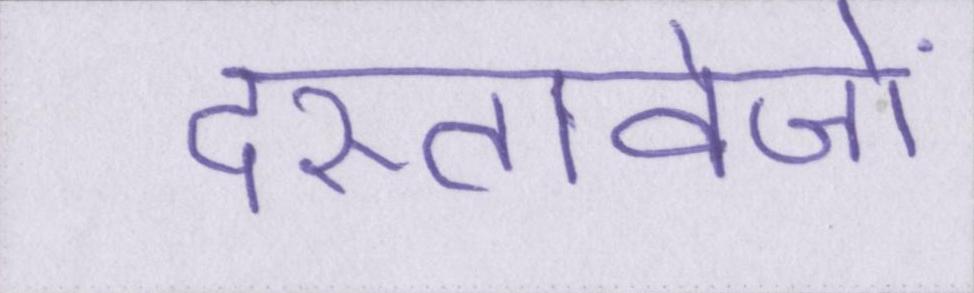
दस्तावेजों